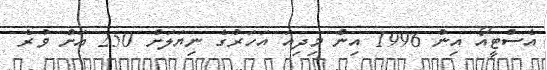
އެސްޓީއޯ އިން 1996 އިން މިދިއަ އަހަރުގެ ނިޔަލަށް 250 އަށް ވުރެ